V__Kingissepa_nim__kolhoos, lk 45
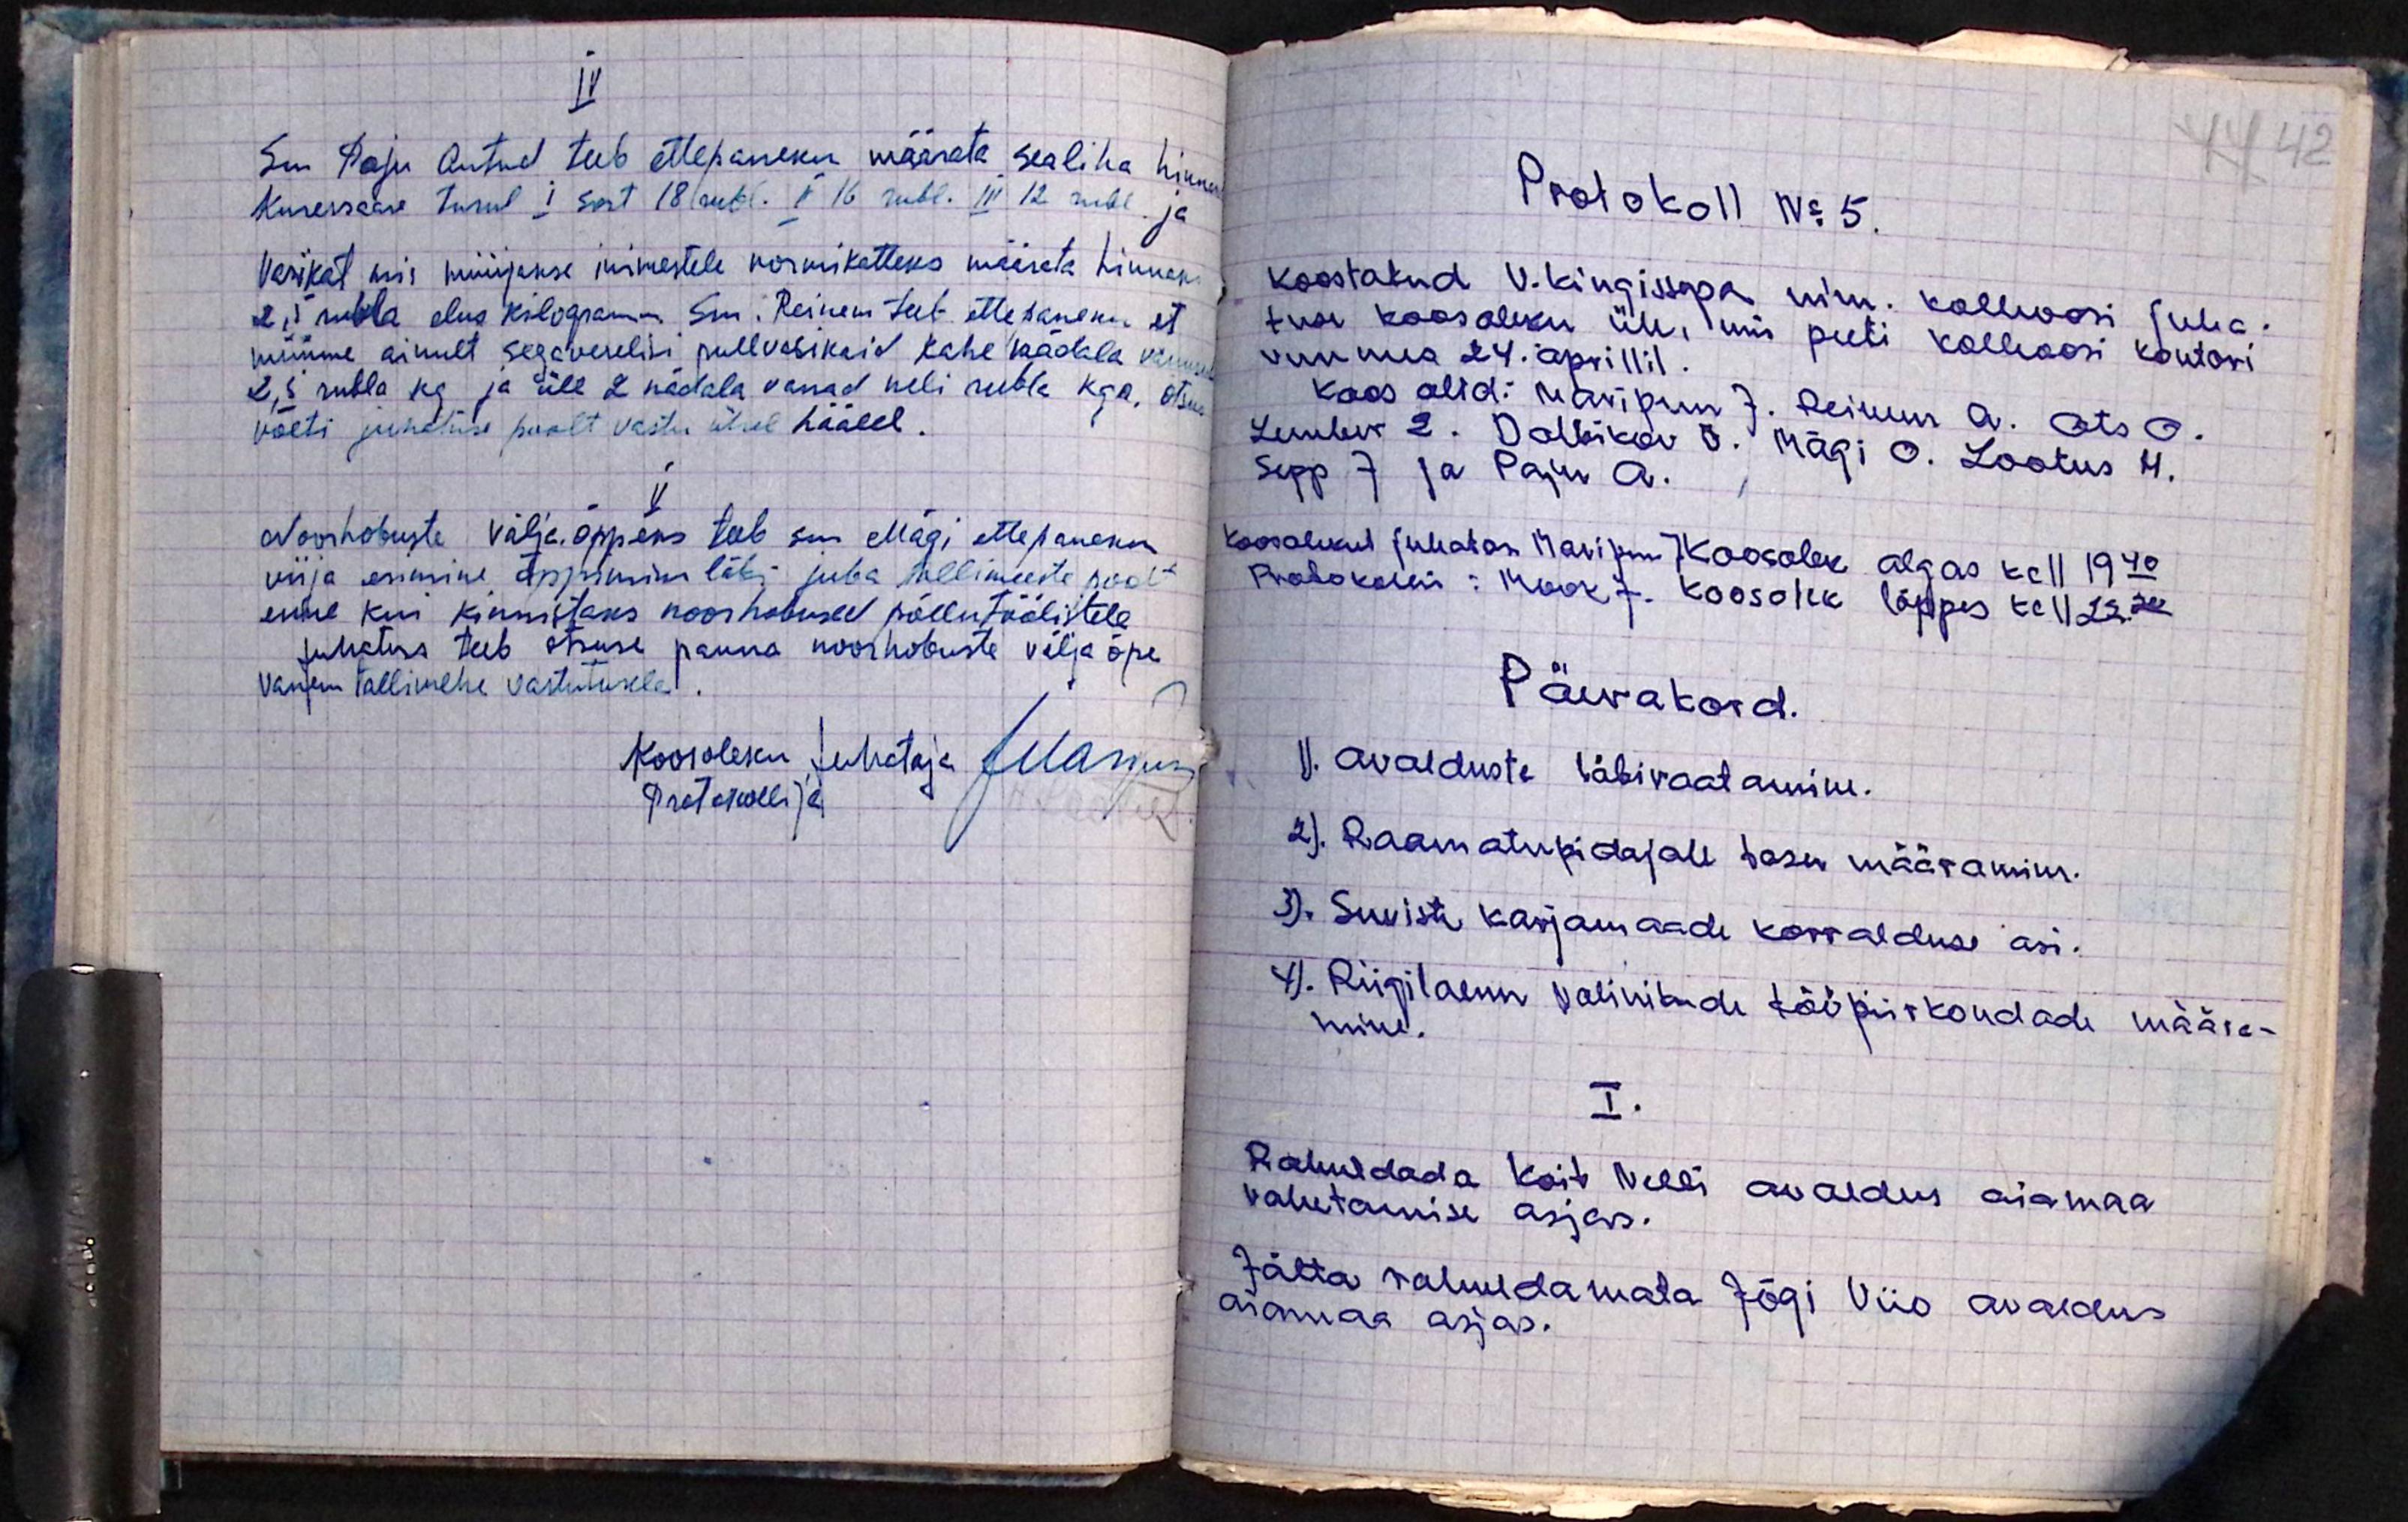
IV
Sm Paju Antud teeb ettepaneku määrata sealiha hinna
Kuresaare turul I sort 18 rubl. II 16 rubl. III 12 rubl. ja
Vasikat mis müüjakse inimestele normikatteks määrata hinnaks
2,5 rubla elus kilogramm. Sm. Reinem teeb ettepaneku et
müüme ainult segaverelisi pullvasikaid kahe nädala vanuseid
2,5 rubla kg ja üle 2 nädala vanad neli rubla kga. Otsu
võeti juhatuse poolt vastu ühel häälel.
V
Noorhobuste välja. õppeks teeb sm. Mägi ettepaneku
viija esimine õppimine läbi juba tallimeeste poolt
enne kui kinnistaks noorhobused põllutöölistele
Juhatus teeb otsuse panna noorhobuste välja õpe
vanem tallimehe vastutusele.
Koosoleku Juhataja Maripuu
Protokollija
H. Lootus

Protokoll No 5.
Koostatud V. Kingissepa nim. kolhoosi juha-
tuse koosoleku üle, mis peeti kolhoosi kontori
ruumes 24. aprillil.
Koos olid: Maripuu J. Reinem A. Ots O.
Lember E. Dolbikov O. Mägi O. Lootus H.
Sepp J ja Paju A.
Koosolekul juhatas Maripuu J Koosolek algas kell 19.40
Protokollis: Mook J. Koosolek lõppes kell 22.20
Päevakord.
1). Avalduste läbivaatamine.
2). Raamatupidajale tasu määramine.
3). Suviste karjamaade korralduse asi.
4). Riigilaenu volinikude tööpiirkondade määra-
mine.
I.
Rahuldada Koit Nelli avaldus aiamaa
vahetamise asjas.
Jätta rahuldamata Jõgi Viio avaldus
aiamaa asjas.